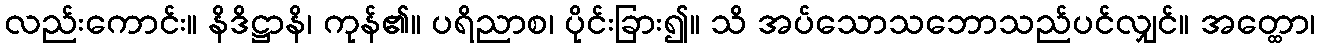
လည်းကောင်း။ နိဒိဋ္ဌာနိ၊ ကုန်၏။ ပရိညာစ၊ ပိုင်းခြား၍။ သိ အပ်သောသဘောသည်ပင်လျှင်။ အတ္ထော၊